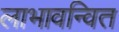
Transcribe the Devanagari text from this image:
लाभावन्वित